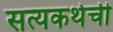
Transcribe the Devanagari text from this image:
सत्यकथेची